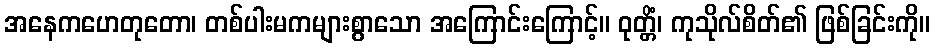
အနေကဟေတုတော၊ တစ်ပါးမကများစွာသော အကြောင်းကြောင့်။ ဝုတ္တိံ၊ ကုသိုလ်စိတ်၏ ဖြစ်ခြင်းကို။